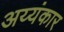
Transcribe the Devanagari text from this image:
अय्यंकार